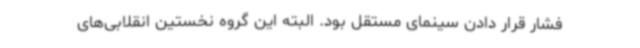
فشار قرار دادن سینمای مستقل بود. البته این گروه نخستین انقلابی‌های